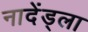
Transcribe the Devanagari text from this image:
नादेंड्ला